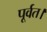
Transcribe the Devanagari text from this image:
पूर्वत।